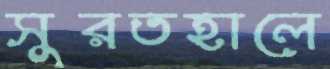
সুরতহালে